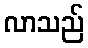
လာသည်